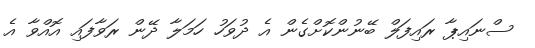
ސްނައިޕާ ރައިފަލް ބޭނުންކޮށްގެން އެ ދުވަހު ހަމަލާ ދޭން ރަވާފައި އޮއްވާ އެ